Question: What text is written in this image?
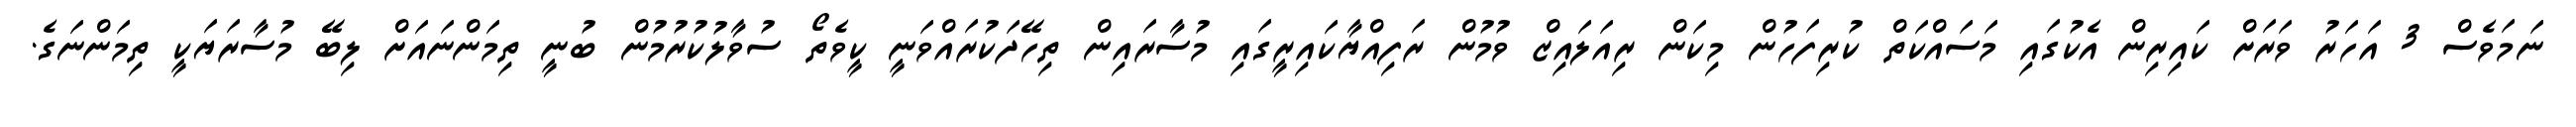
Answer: ނަމަވެސް 3 އަހަރު ވަރަށް ކައިރިން އެކުގައި މަސައްކަތް ކުރިފަހުން މިކަން ރިއަލައިޒް ވުމުން ރަފިއްޔާކައިރީގައި މުސާރައިން ތިހޭދަކުރައްވަނީ ކީވެތޯ ސުވާލުކުރުމުން ބުނީ ތިމަންނައަށް ލިބޭ މުސާރަޔަކީ ތިމަންނަގެ.